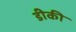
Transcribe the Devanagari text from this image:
डीकी